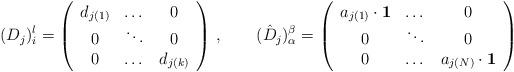
LaTeX: \begin{align*}(D_{j})_{i}^{l} = \left( \begin{array}{ccc} d_{j(1)}& \dots & 0 \\0 & \ddots & 0 \\0 & \dots & d_{j(k)} \end{array} \right) \, , \qquad (\hat D_{j})_{\alpha}^{\beta} = \left( \begin{array}{ccc} a_{j(1)}\cdot {\bf 1}& \dots & 0 \\0 & \ddots & 0 \\0 & \dots & a_{j(N)} \cdot {\bf 1} \end{array} \right)\end{align*}